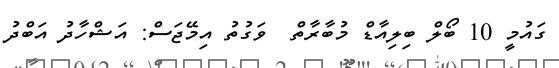
ގައުމީ 10 ބޯލް ބިލިއާޑް މުބާރާތް  ވަގުތު އިމޭޖަސް: އަޝްހާދު އަބްދު